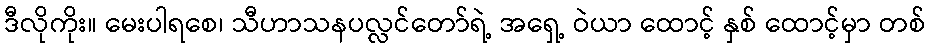
ဒီလိုကိုး။ မေးပါရစေ၊ သီဟာသနပလ္လင်တော်ရဲ့ အရှေ့ ဝဲယာ ထောင့် နှစ် ထောင့်မှာ တစ်